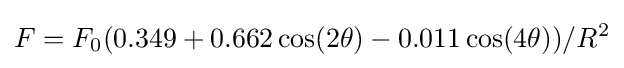
F=F_{0}(0.349+0.662\cos(2\theta )-0.011\cos(4\theta ))/R^{2}